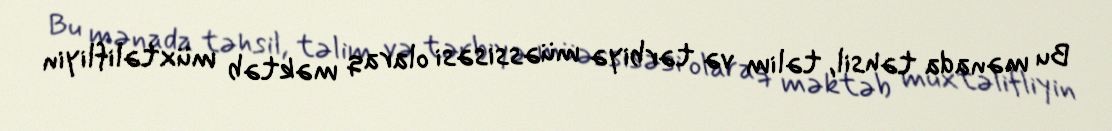
Bu mənada təhsil, təlim və tərbiyə müəssisəsi olaraq məktəb müxtəlifliyin